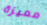
مميزة